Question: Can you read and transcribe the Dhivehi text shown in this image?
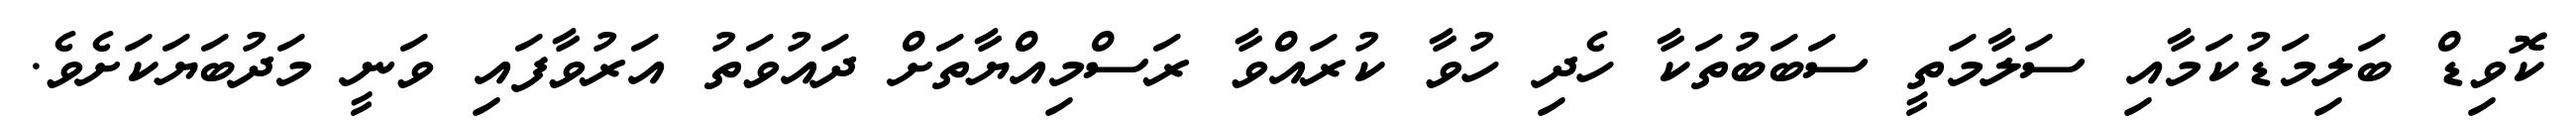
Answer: ކޮވިޑް ބަލިމަޑުކަމާއި ސަލާމަތީ ސަބަބުތަކާ ހެދި ހުވާ ކުރައްވާ ރަސްމިއްޔާތަށް ދައުވަތު އަރުވާފައި ވަނީ މަދުބަޔަކަށެވެ.